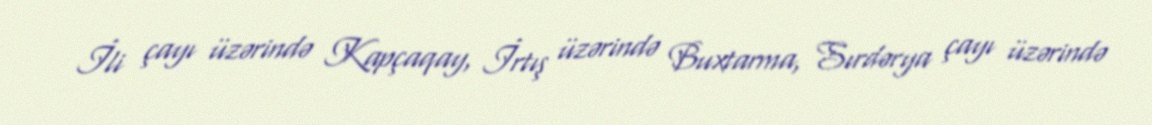
İli çayı üzərində Kapçaqay, İrtış üzərində Buxtarma, Sırdərya çayı üzərində